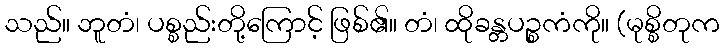
သည်။ ဘူတံ၊ ပစ္စည်းတို့ကြောင့် ဖြစ်၏။ တံ၊ ထိုခန္တပဉ္စကံကို။ (မုစ္စိတုက